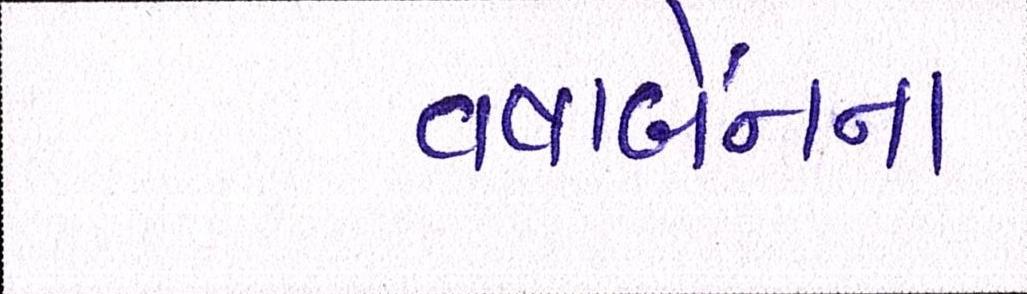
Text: વષાર્બેનના